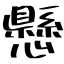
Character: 懸